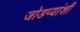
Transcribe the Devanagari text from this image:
जोडप्यांशी